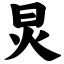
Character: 炅